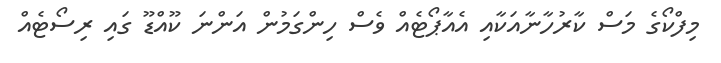
މިފްކޯގެ މަސް ކާރުހާނާއަކާއި އެއާޕޯޓެއް ވެސް ހިންގަމުން އަންނަ ކޫއްޑޫ ގައި ރިސޯޓެއް